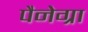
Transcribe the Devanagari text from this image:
पैनेग्रा